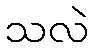
သလဲ